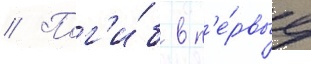
// Пог'и́б в п'е́рвые